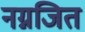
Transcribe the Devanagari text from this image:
नग्नजित